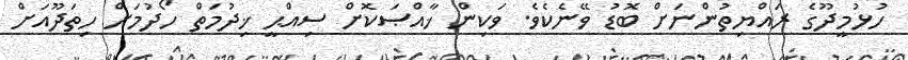
ހުޅުމީދޫގެ ރައްޔިތުންނަށް ބޮޑު ވޭނެކެވެ. ވަކިން ޚާއްޞަކޮށް ސިއްޙީ ޚިދުމަތް ހޯދުމަށް ހިތަދޫއަށް